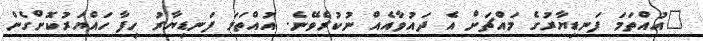
"އުއްތަމަ ފަނޑިޔާރުގެ މައްޗަށް އެ ދައުވާއެއް ނުކުރެވޭނެ. އުއްތަމަ ފަނޑިޔާރު ހިފާ ހައްޔަރުކޮށްގެން